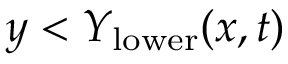
y < Y _ { \mathrm { l o w e r } } ( x , t )